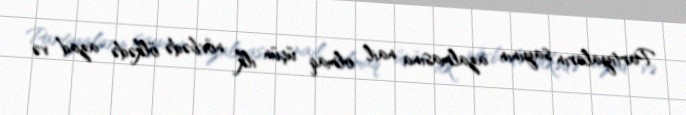
Partiyaların sayının azalmasına nail olmaq üçün ilk növbədə ölkədə azad və